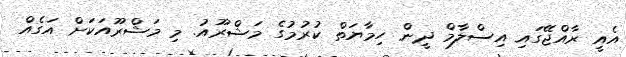
އެއީ ރާއްޖޭގައި އިސްލާމް ދީން ހިމާޔަތް ކުރުމުގެ މަޝްރޫއު. މި މަޝްރޫއަކަށް އަގެއް